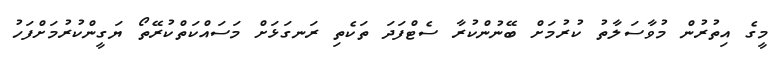
މީގެ އިތުރުން މުވާސަލާތު ކުރުމަށް ބޭނުންކުރާ ސެޓްފަދަ ތަކެތި ރަނގަޅަށް މަަސައްކަތްކުރޭތޯ ޔަގީންކުރުމަށްފަހު